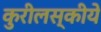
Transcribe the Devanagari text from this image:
कुरीलस्कीये